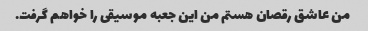
من عاشق رقصان هستم من این جعبه موسیقی را خواهم گرفت.